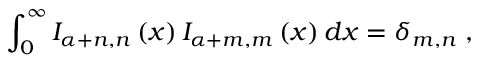
\int _ { 0 } ^ { \infty } I _ { \alpha + n , n } \left( x \right) I _ { \alpha + m , m } \left( x \right) d x = \delta _ { m , n } \; ,